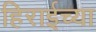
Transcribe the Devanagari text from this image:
हिराईच्या